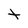
Character: t